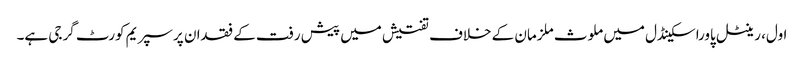
اول، رینٹل پاوراسکینڈل میں ملوث ملزمان کے خلاف تفتیش میں پیش رفت کے فقدان پر سپریم کورٹ گرجی ہے۔